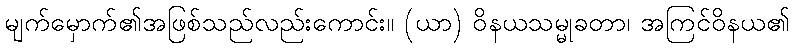
မျက်မှောက်၏အဖြစ်သည်လည်းကောင်း။ (ယာ) ဝိနယသမ္မုခတာ၊ အကြင်ဝိနယ၏